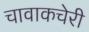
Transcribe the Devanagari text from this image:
चावाकचेरी